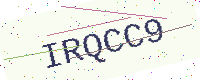
Text: IRQCC9